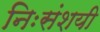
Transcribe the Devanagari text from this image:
निःसंशयी